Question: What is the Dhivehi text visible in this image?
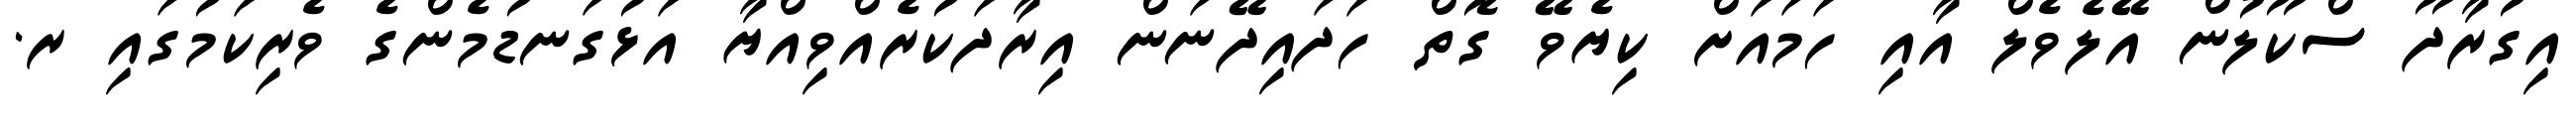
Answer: އިގުރާދޫ ސްކޫލުން އޭލެވެލް އާއި ހަމައަށް ކިޔެވޭ ގޮތް ހަދައިދޭނަން އިރާދަކުރެއްވިއްޔާ އަޅުގަނޑުމެންގެ ވެރިކަމުގައި ރ.